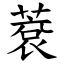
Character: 蔉